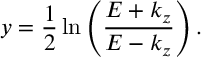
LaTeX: y = \frac { 1 } { 2 } \ln \left( { \frac { E + k _ { z } } { E - k _ { z } } } \right) .